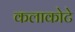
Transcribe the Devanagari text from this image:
कलाकोटे